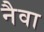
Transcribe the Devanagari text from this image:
नैवा